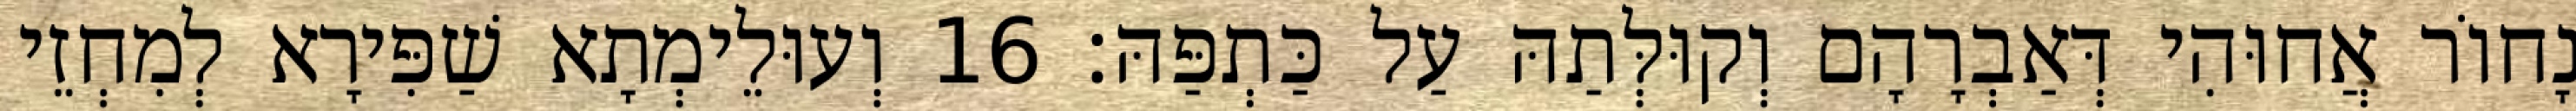
נָחוֹר אֲחוּהִי דְּאַבְרָהָם וְקוּלְּתַהּ עַל כַּתְפַּהּ׃ 16 וְעוּלֵימְתָא שַׁפִּירָא לְמִחְזֵי